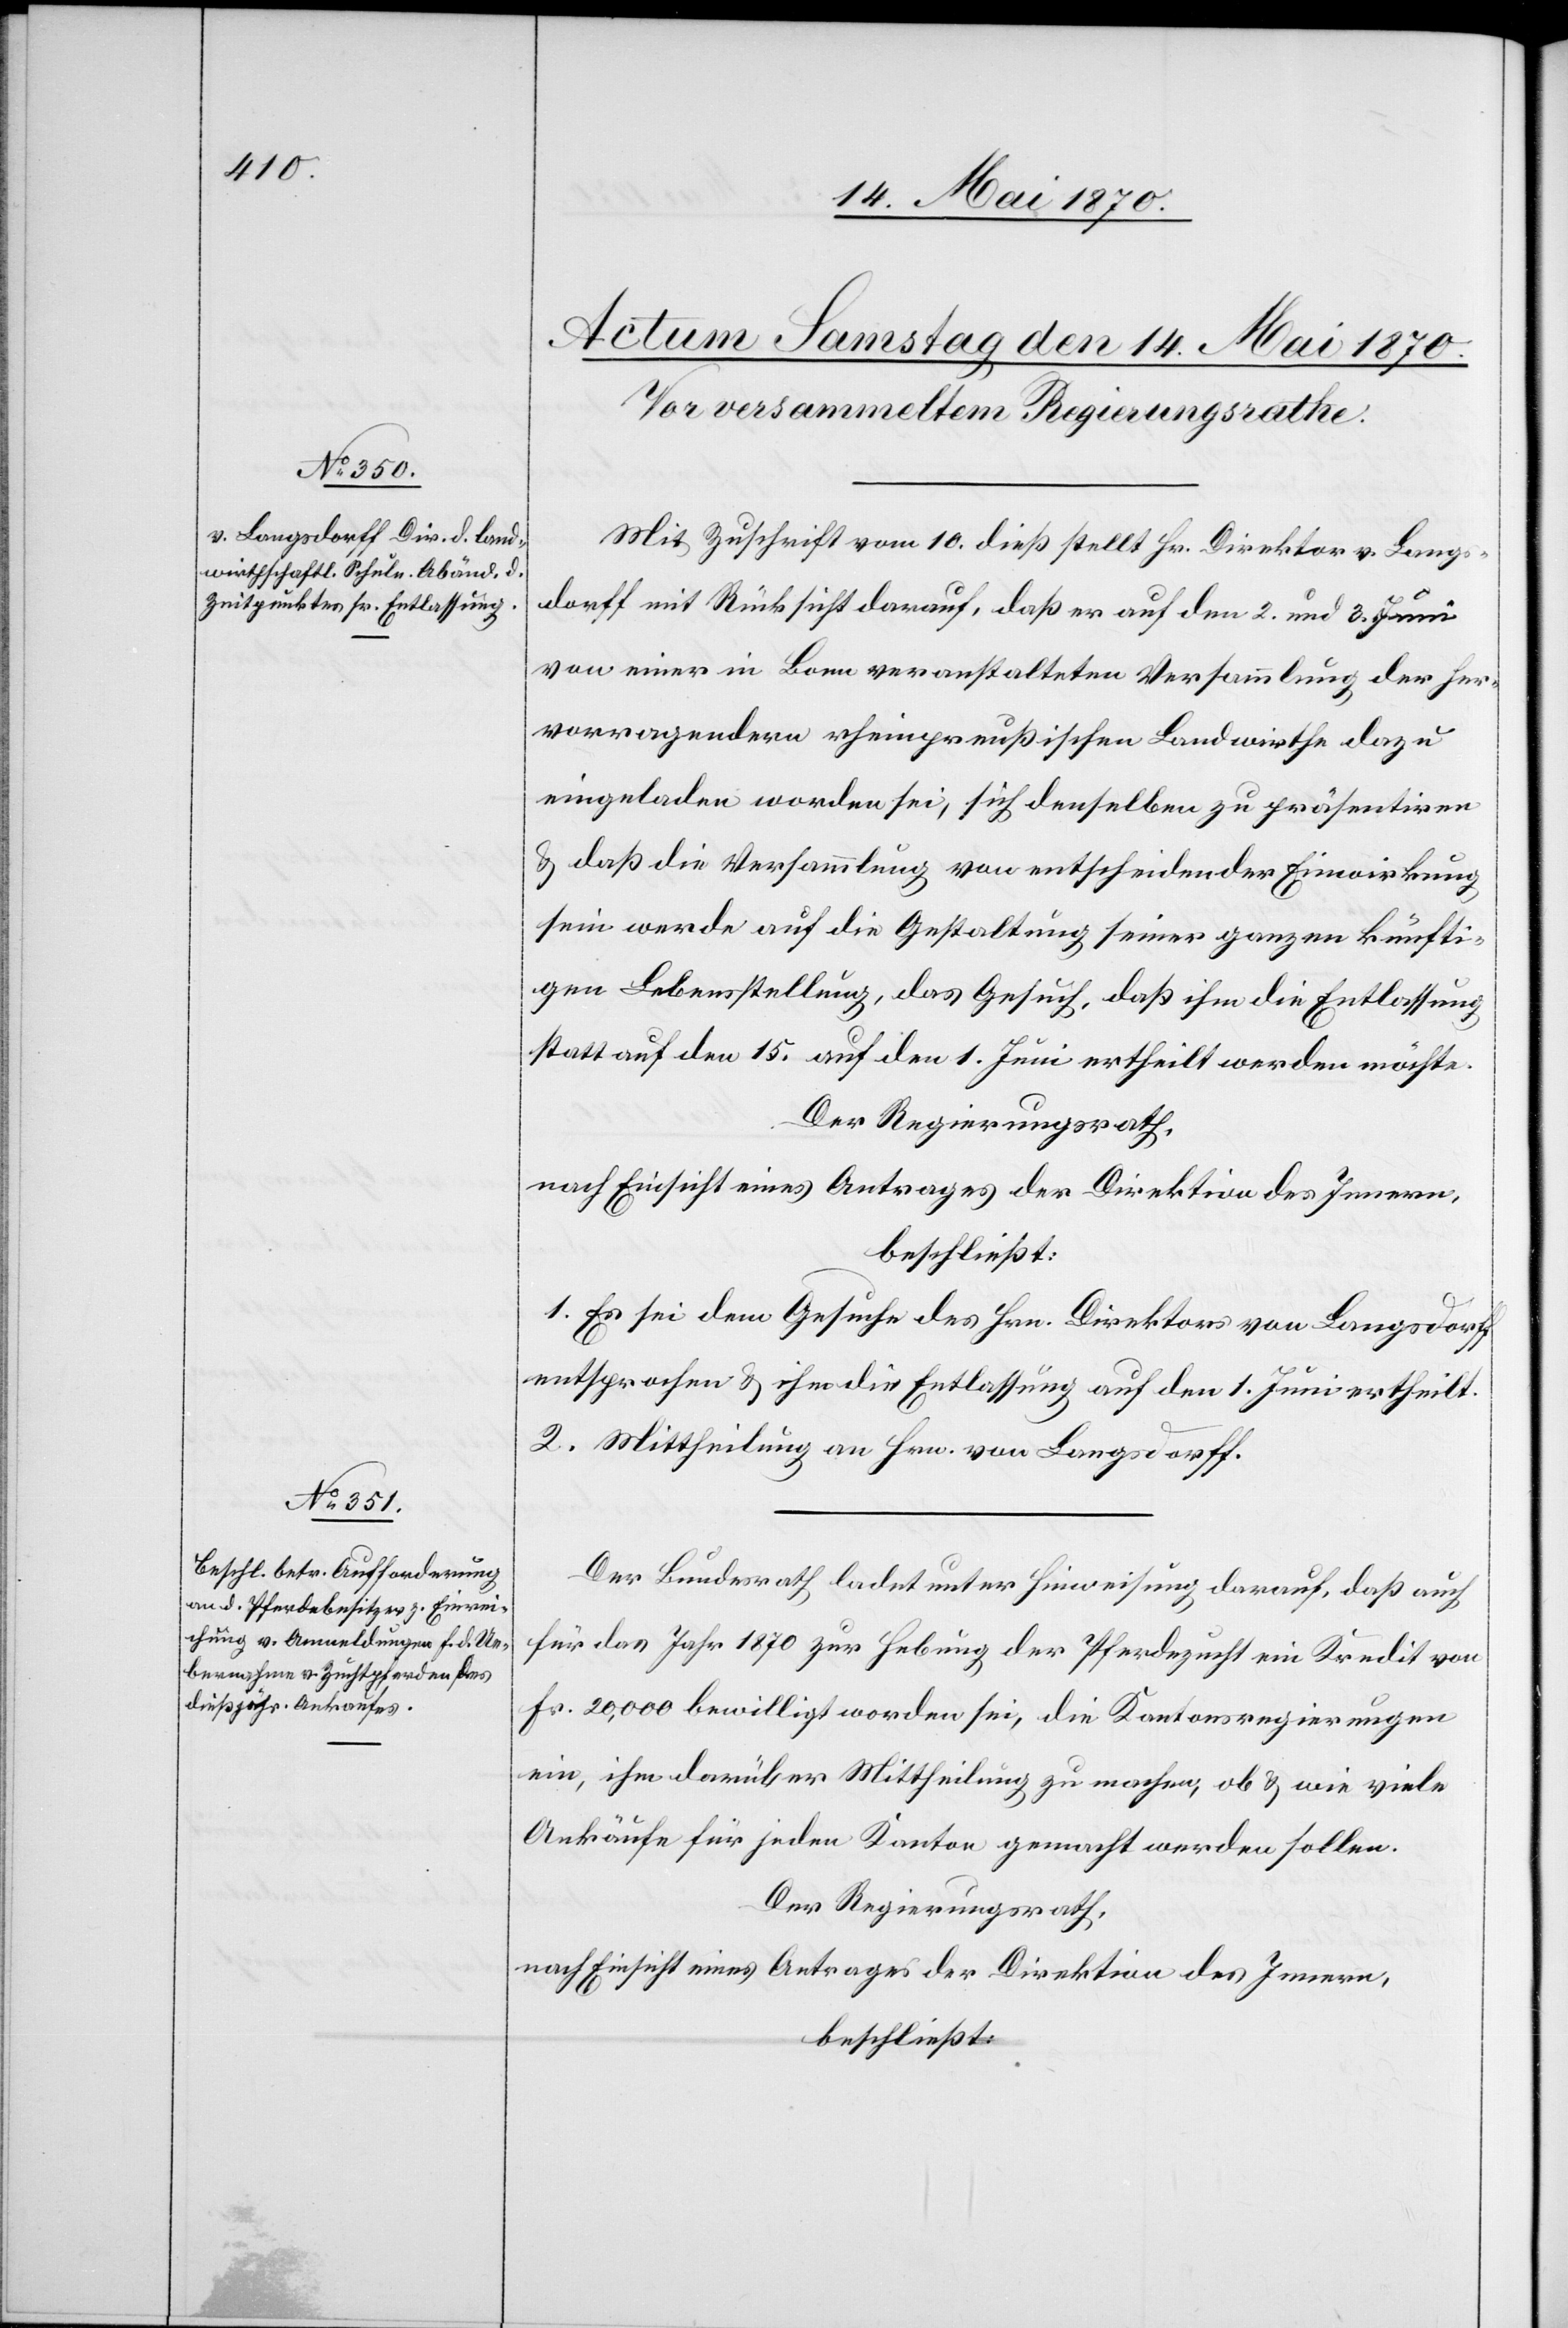
Mit Zuschrift vom 10. dieß stellt Hr. Direktor v. Langs¬
dorff mit Rücksicht darauf, daß er auf den 2. und 3. Juni
von einer in Bonn veranstalteten Versammlung der her¬
vorragendern rheinpreußischen Landwirthe dazu
eingeladen worden sei, sich denselben zu präsentiren
& daß die Versammlung von entscheidender Einwirkung
sein werde auf die Gestaltung seiner ganzen künfti¬
gen Lebensstellung, das Gesuch, daß ihm die Entlassung
statt auf den 15. auf den 1. Juni ertheilt werden möchte.
Der Regierungsrath,
nach Einsicht eines Antrages der Direktion des Innern,
beschließt:
1. Es sei dem Gesuche des Hrn. Direktor von Langsdorff
entsprochen & ihm die Entlassung auf den 1. Juni ertheilt.
2. Mittheilung an Hrn. von Langsdorff.
Der Bundesrath ladet unter Hinweisung darauf, daß auch
für das Jahr 1870 zur Hebung der Pferdezucht ein Kredit von
Fr. 20,000 bewilligt worden sei, die Kantonsregierungen
ein, ihm darüber Mittheilung zu machen, ob & wie viele
Ankäufe für jeden Kanton gemacht werden sollen.
Der Regierungsrath,
nach Einsicht eines Antrages der Direktion des Innern,
beschließt: